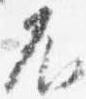
不